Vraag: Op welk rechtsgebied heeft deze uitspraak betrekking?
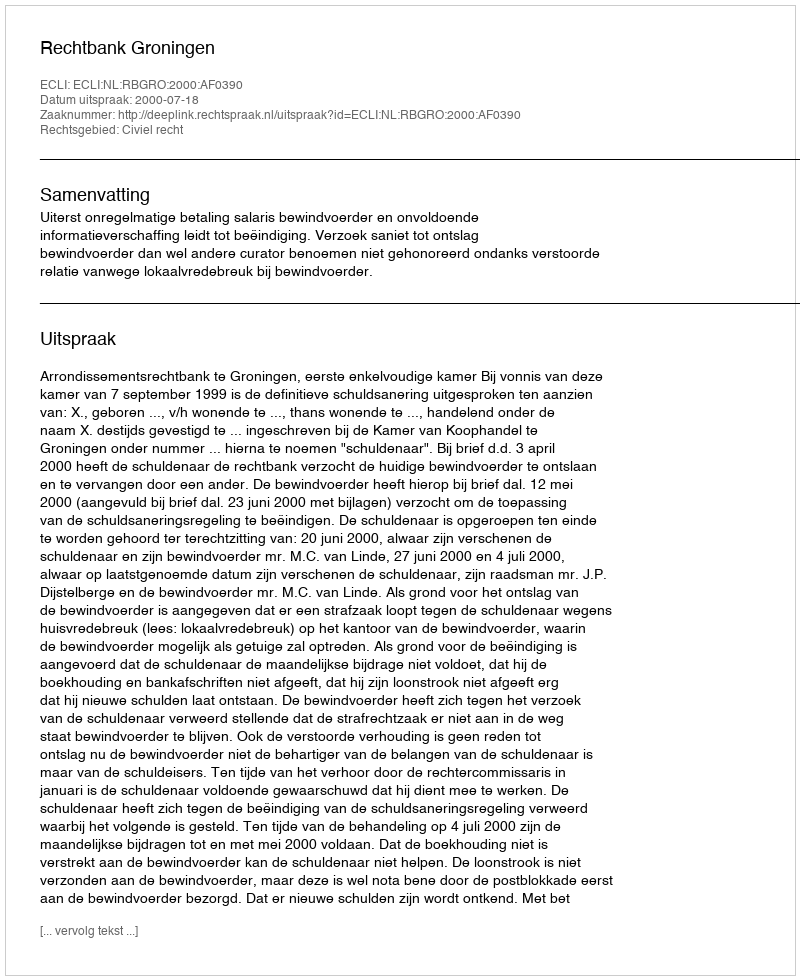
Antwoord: Civiel recht